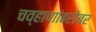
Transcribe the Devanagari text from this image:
चव्हाणांबरोबर